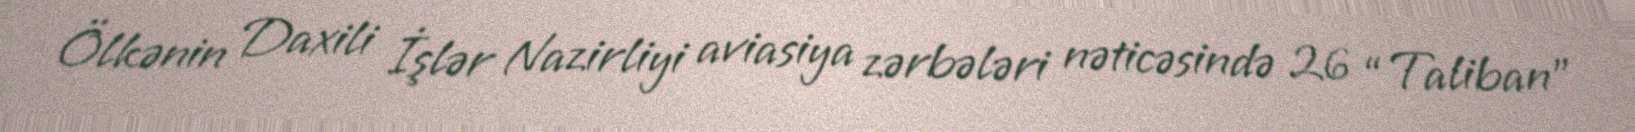
Ölkənin Daxili İşlər Nazirliyi aviasiya zərbələri nəticəsində 26 “Taliban”